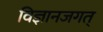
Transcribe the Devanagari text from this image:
विज्ञानजगत्‌